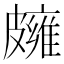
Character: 𥀪